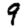
Digit: 9